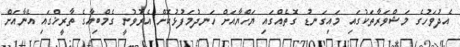
އެދުވަހުގެ މަޝްވަރާތަކުގައި މައިގަނޑު ގޮތެއްގައި ޔަހްޔާއަށް ހަނދުމަފުޅުކޮށް އެރުވުނީ ގެމްބިއާގެ ތާރީޚްގައި އޭނާއަށް